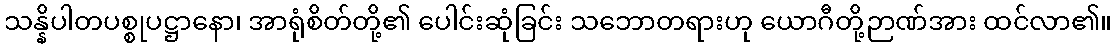
သန္နိပါတပစ္စုပဋ္ဌာနော၊ အာရုံစိတ်တို့၏ ပေါင်းဆုံခြင်း သဘောတရားဟု ယောဂီတို့ဉာဏ်အား ထင်လာ၏။